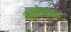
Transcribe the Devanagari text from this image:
कालंगड़ा